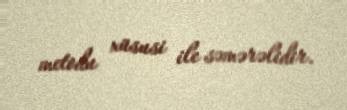
metodu xüsusi ile səmərəlidir.